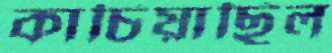
কাচিয়াছিল